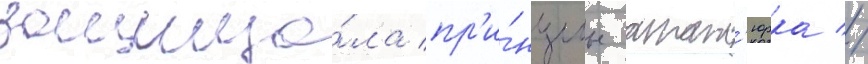
защища́ла пр'и́нципы атат'юрка //